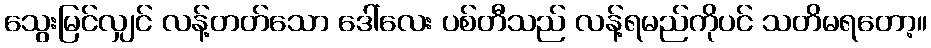
သွေးမြင်လျှင် လန့်တတ်သော ဒေါ်လေး ပစ်တီသည် လန့်ရမည်ကိုပင် သတိမရတော့။